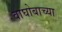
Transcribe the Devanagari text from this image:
वाघोबाच्या